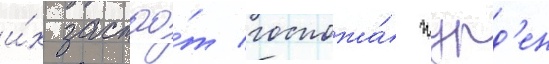
и́х застао́т госпожа́ журд'ен